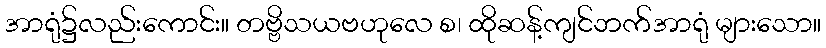
အာရုံ၌လည်းကောင်း။ တဗ္ဗိသယဗဟုလေ စ၊ ထိုဆန့်ကျင်ဘက်အာရုံ များသော။